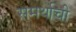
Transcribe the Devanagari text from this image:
समर्थाची